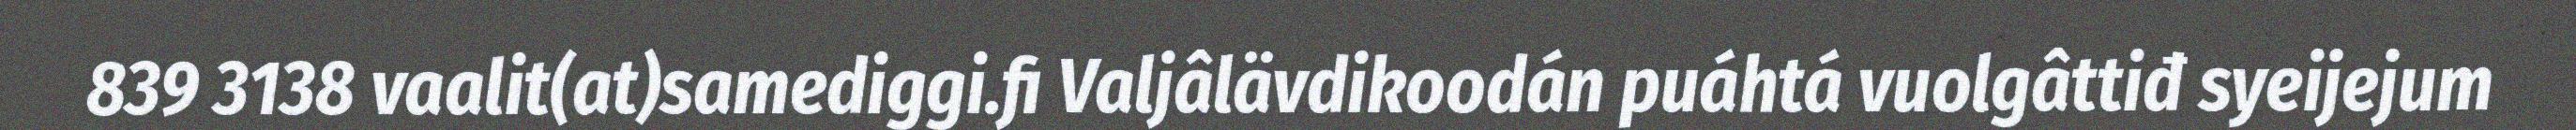
839 3138 vaalit(at)samediggi.fi Valjâlävdikoodán puáhtá vuolgâttiđ syeijejum